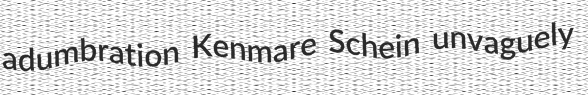
adumbration Kenmare Schein unvaguely